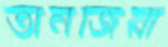
তানজিরা